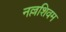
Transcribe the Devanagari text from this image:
नल्लशिवम